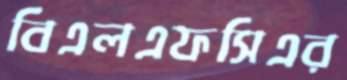
বিএলএফসিএর